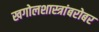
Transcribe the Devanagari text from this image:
खगोलशास्त्रांबरोबर